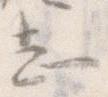
し